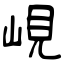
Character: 峴